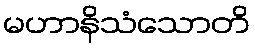
မဟာနိသံသောတိ